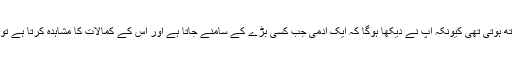
یہ انکساری و فروتنی ایک سچے جذبہ کے ساتھ ہوتی تھی کیونکہ آپ نے دیکھا ہوگا کہ ایک آدمی جب کسی بڑے کے سامنے جاتا ہے اور اس کے کمالات کا مشاہدہ کرتا ہے تو تب اپنی کمزوریوں کا بھی اندازہ کرسکتا ہے۔